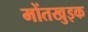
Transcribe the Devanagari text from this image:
मोंतखुइक